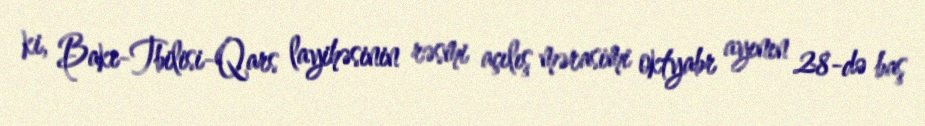
ki, Bakı-Tbilisi-Qars layihəsinin rəsmi açılış mərasimi oktyabr ayının 28-də baş